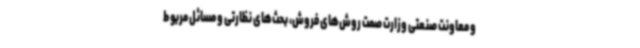
و معاونت صنعتی وزارت صمت روش‌های فروش، بحث‌های نظارتی و مسائل مربوط